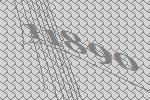
11890